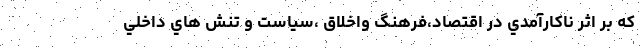
که بر اثر ناكارآمدي در اقتصاد،فرهنگ واخلاق ،سياست و تنش هاي داخلي